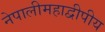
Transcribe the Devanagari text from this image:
नेपालीमहाद्वीपीय